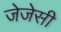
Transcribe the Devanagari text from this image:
जेजेसी